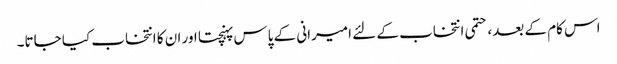
اس کام کے بعد، حتمی انتخاب کے لئے امیرانی کے پاس پہنچتا اور ان کا انتخاب کیا جاتا۔